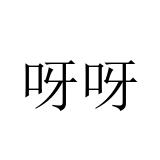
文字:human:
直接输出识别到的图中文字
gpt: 呀呀